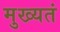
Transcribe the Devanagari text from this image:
मुख्यतं